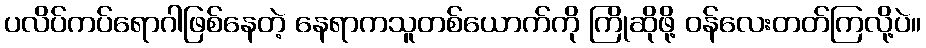
ပလိပ်ကပ်ရောဂါဖြစ်နေတဲ့ နေရာကသူတစ်ယောက်ကို ကြိုဆိုဖို့ ဝန်လေးတတ်ကြလို့ပဲ။